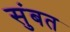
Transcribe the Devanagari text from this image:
सुंबत